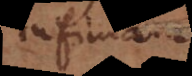
infima